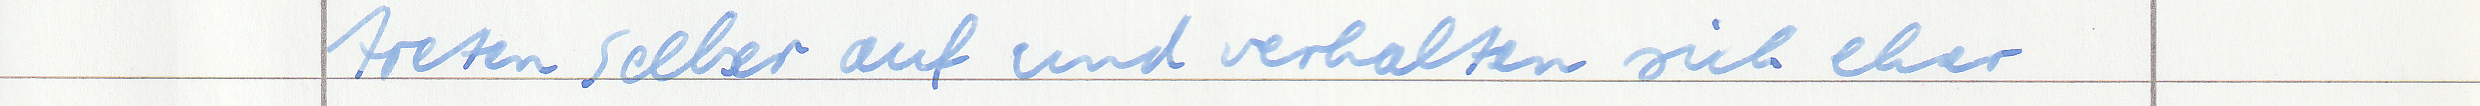
treten selber auf und verhalten sich eher